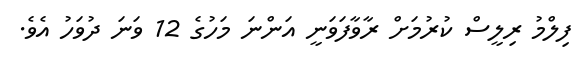
ފިލްމު ރިލީސް ކުރުމަށް ރާވާފަވަނީ އަންނަ މަހުގެ 12 ވަނަ ދުވަހު އެވެ.